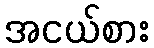
အငယ်စား